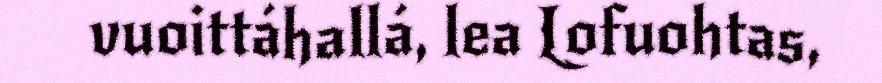
vuoittáhallá, lea Lofuohtas,